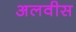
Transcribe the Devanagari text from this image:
अलवीस